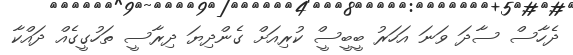
ދެހާސް ސާދަ ވަނަ އަހަރު ބީބީސީް ކުރިއަށް ގެންދިޔަ ދިރާސީ ތަހުގީގެއް ދައްކާ